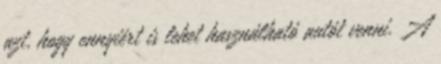
azt, hogy ennyiért is lehet használható autót venni. A